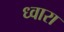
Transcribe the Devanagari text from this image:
ध्वारा